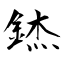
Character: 錰